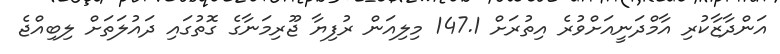
އަންދާޒާކުރި އާމްދަނީއަށްވުރެ އިތުރަށް 147.1 މިލިއަން ރުފިޔާ ޖޫރިމަނާގެ ގޮތުގައި ދައުލަތަށް ލިބިއްޖެ